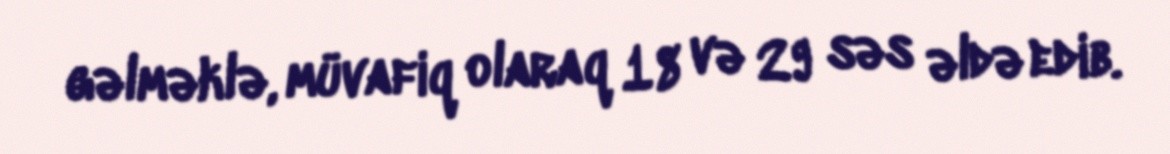
gəlməklə, müvafiq olaraq 18 və 29 səs əldə edib.